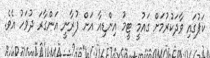
ކަޕުގައި ވާދަކުރުމަށް ގައުމީ ޓީމު އިންޑިއާ އަށް ފުރާނީ އަންގާރަ ދުވަހު އެވެ.